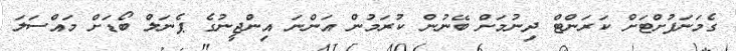
ގެމަނަފުށްޓަށް ކަރަންޓް ދިނުމަށް ބޭނުން ކުރަމުން އަންނަ އިންޖީނުގެ ޕެނަލް ބޯޑަށް މައްސަލަ